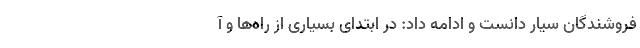
فروشندگان سیار دانست و ادامه داد:‌ در ابتدای بسیاری از راه‌ها و آ